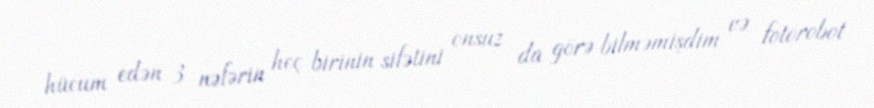
hücum edən 3 nəfərin heç birinin sifətini onsuz da görə bilməmişdim və fotorobot